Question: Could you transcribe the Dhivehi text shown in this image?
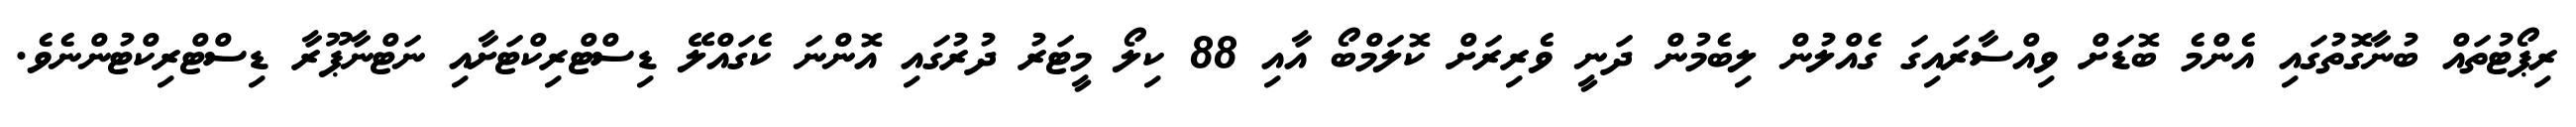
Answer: ރިޕޯޓުތައް ބުނާގޮތުގައި އެންމެ ބޮޑަށް ވިއްސާރައިގަ ގެއްލުން ލިބެމުން ދަނީ ވެރިރަށް ކޮލަމްބޯ އާއި 88 ކިލޯ މީޓަރު ދުރުގައި އޮންނަ ކެގައްލޭ ޑިސްޓްރިކްޓަށާއި ނަޓްނާޕޫރާ ޑިސްޓްރިކްޓުންނެވެ.